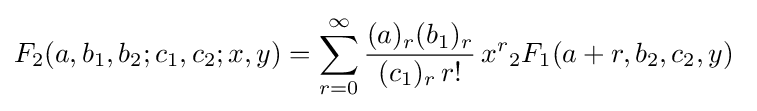
F_{2}(a,b_{1},b_{2};c_{1},c_{2};x,y)=\sum _{r=0}^{\infty }{\frac {(a)_{r}(b_{1})_{r}}{(c_{1})_{r}\,r!}}\,x^{r}{}_{2}F_{1}(a+r,b_{2},c_{2},y)~